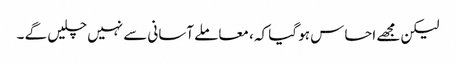
لیکن مجھے احساس ہو گیا کہ ، معاملے آسانی سے نہیں چلیں گے ۔